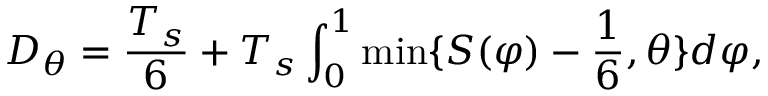
D _ { \theta } = { \frac { T _ { s } } { 6 } } + T _ { s } \int _ { 0 } ^ { 1 } \operatorname* { m i n } \{ S ( \varphi ) - { \frac { 1 } { 6 } } , \theta \} d \varphi ,